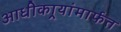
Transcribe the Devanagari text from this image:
आधीकार्‍यांमार्फत